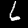
Digit: 6